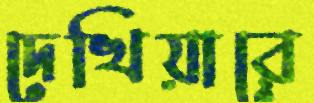
দেখিয়ারে